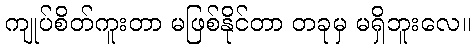
ကျုပ်စိတ်ကူးတာ မဖြစ်နိုင်တာ တခုမှ မရှိဘူးလေ။